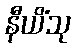
နီယိံသု